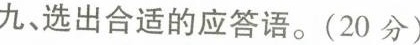
九、选出合适的应答语.(20分)